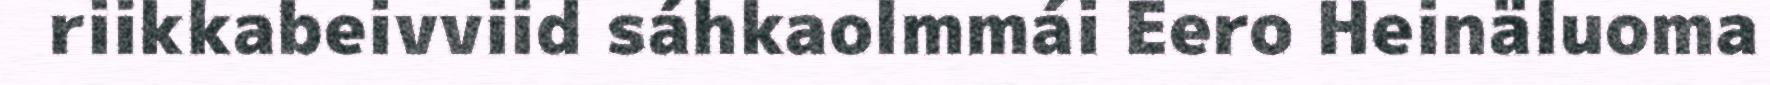
riikkabeivviid sáhkaolmmái Eero Heinäluoma